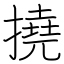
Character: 撓